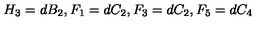
H _ { 3 } = d B _ { 2 } , F _ { 1 } = d C _ { 2 } , F _ { 3 } = d C _ { 2 } , F _ { 5 } = d C _ { 4 }